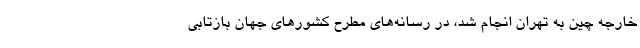
خارجه چین به تهران انجام شد، در رسانه‌های مطرح کشورهای جهان بازتابی